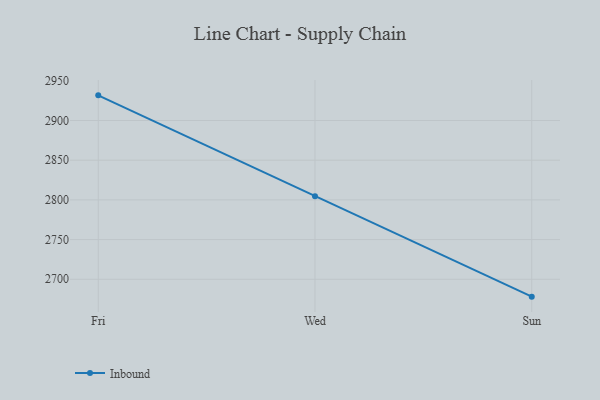
{"axis": {"x": "Day", "y": "Humidity (%)"}, "legend": ["Inbound"], "data": [{"x": "Fri", "y": 2931.7, "type": "Inbound"}, {"x": "Wed", "y": 2804.7, "type": "Inbound"}, {"x": "Sun", "y": 2678.1, "type": "Inbound"}]}